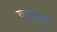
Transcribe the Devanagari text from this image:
राजव्यापी